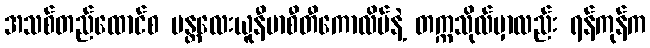
အသစ်တည်ထောင်စ မန္တလေးယူနီဗာစီတီကောလိပ်နဲ့ တက္ကသိုလ်မှာလည်း ရန်ကုန်က